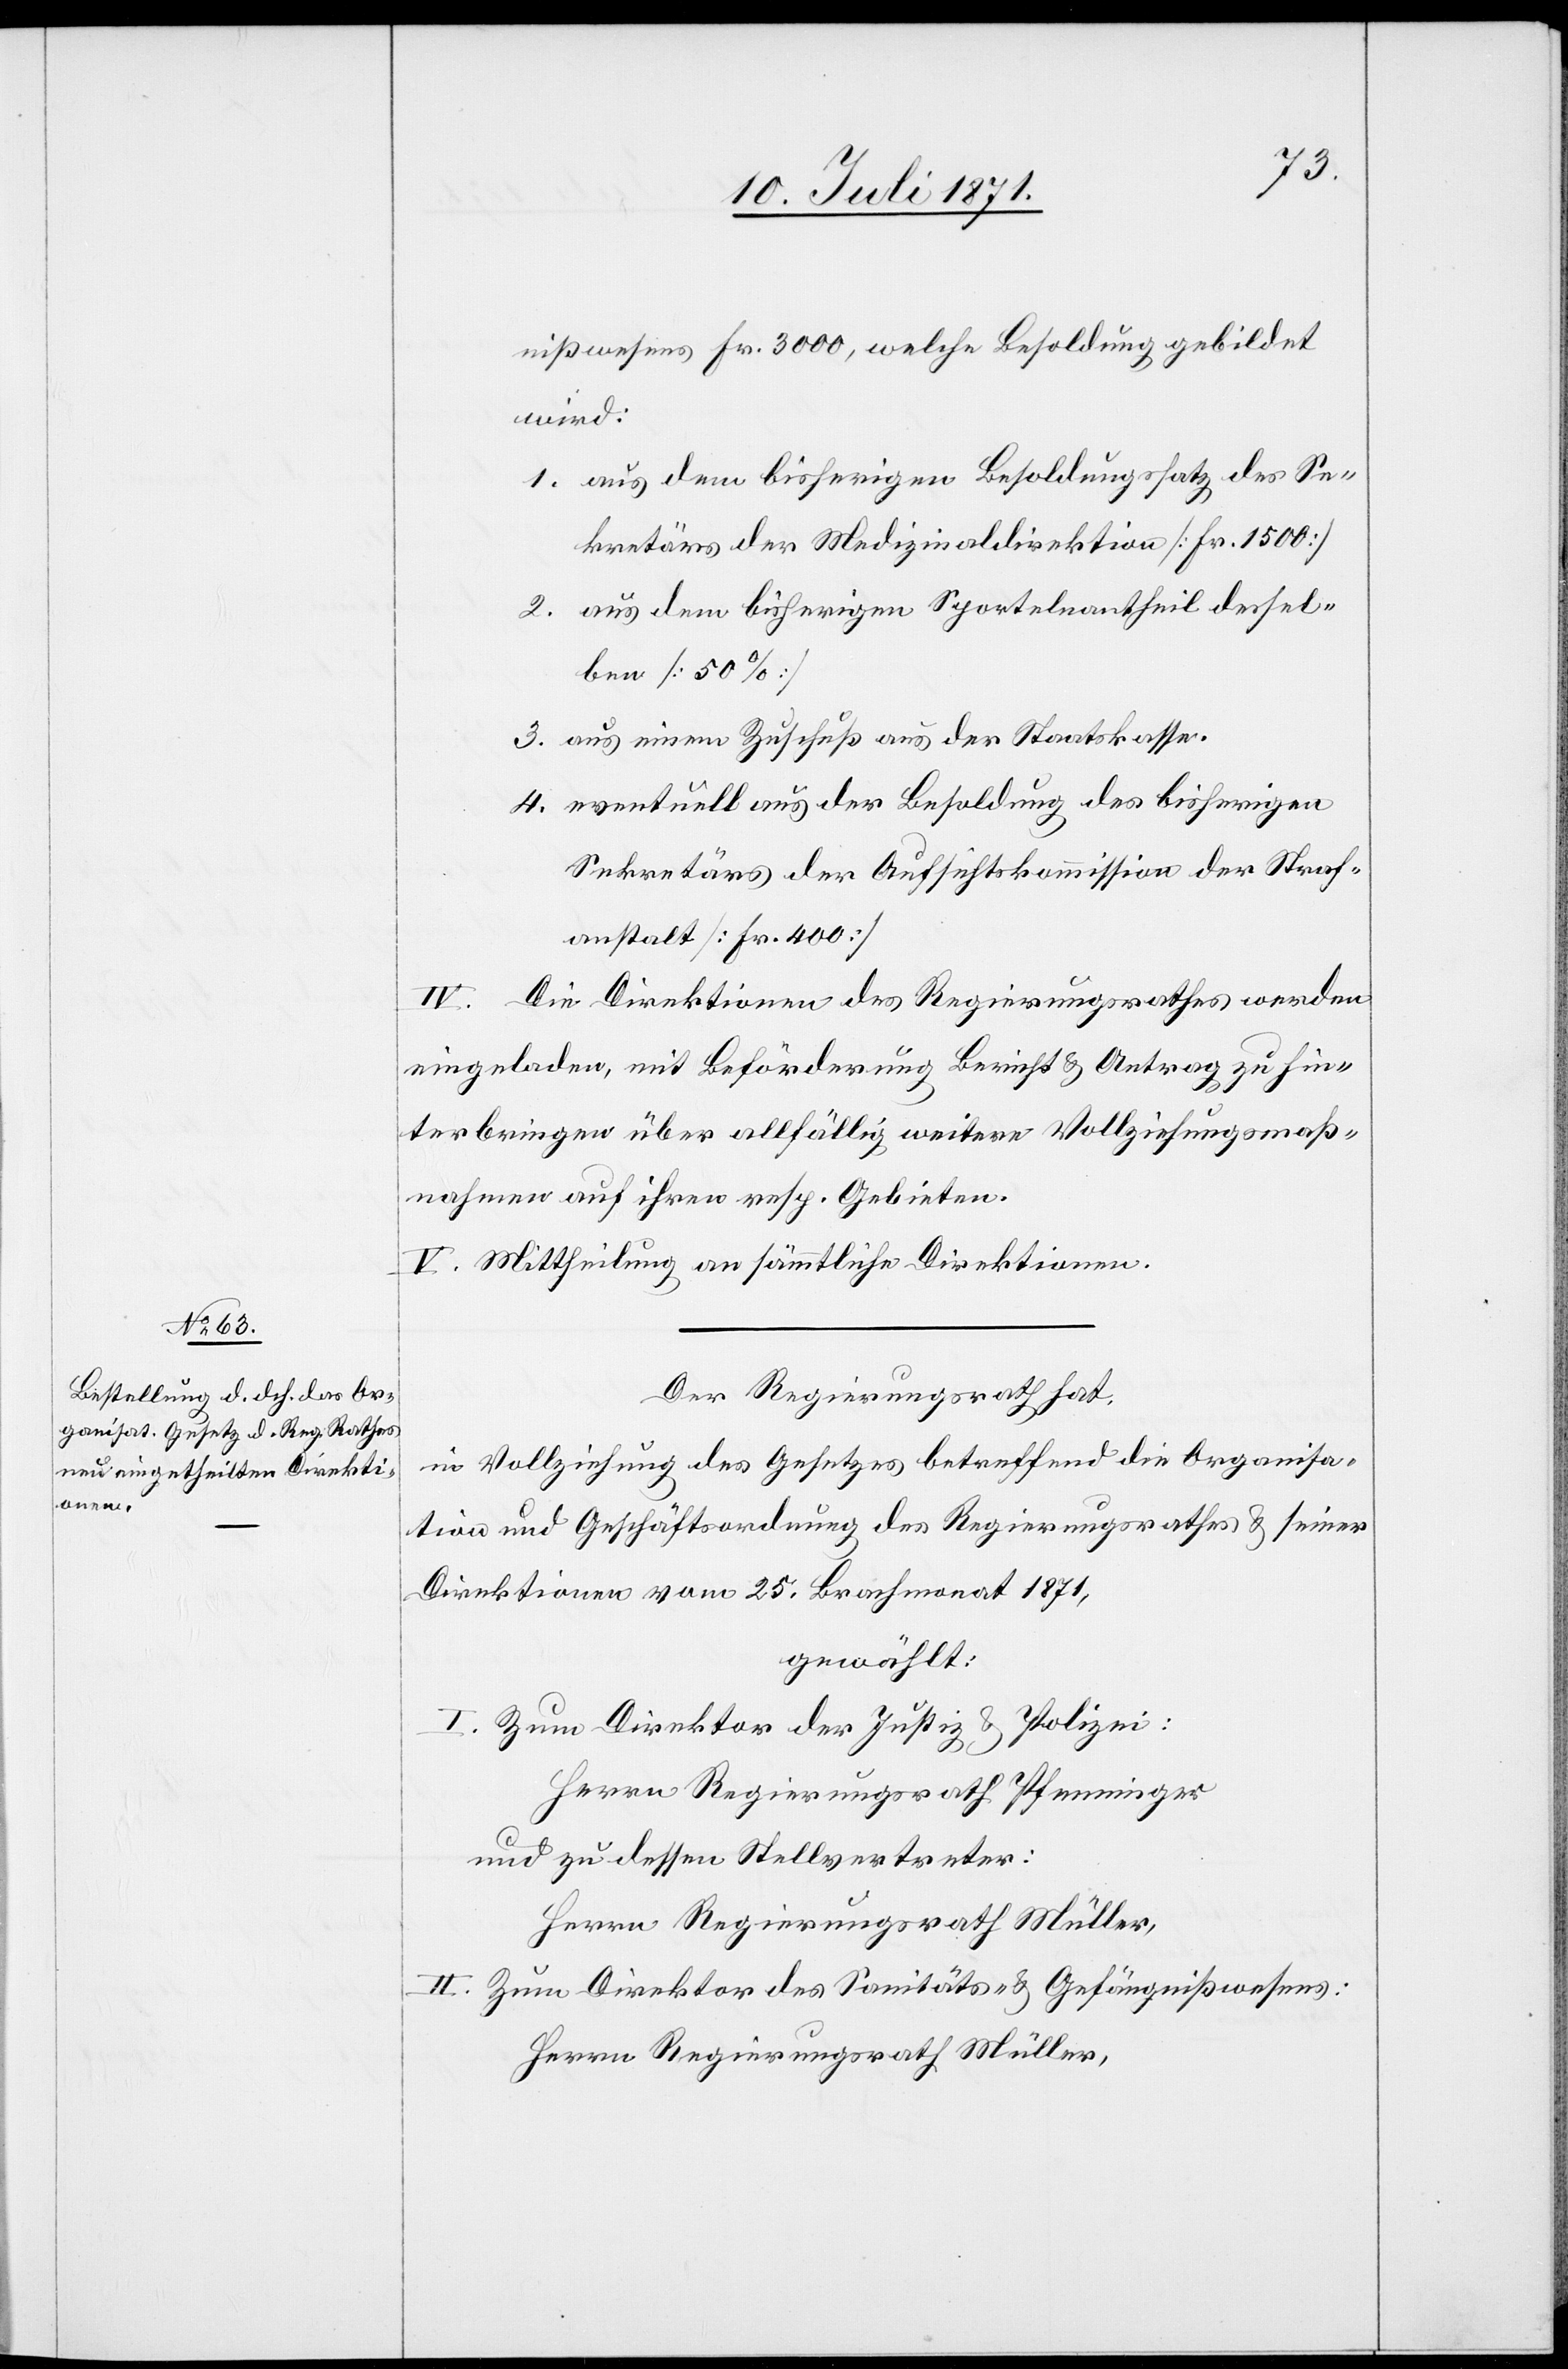
nißwesens Fr. 3000, welche Besoldung gebildet
wird:
aus dem bisherigen Besoldungssatz des Se¬
kretärs der Medizinaldirektion [Fr. 1500]
aus dem bisherigen Sportelnantheil dessel¬
ben [50%]
aus einem Zuschuß aus der Staatskasse.
eventuell aus der Besoldung des bisherigen
Sekretärs der Aufsichtskommission der Straf¬
anstalt [Fr. 400]
IV. Die Direktionen des Regierungsrathes werden
eingeladen, mit Beförderung Bericht u. Antrag zu hin¬
terbringen über allfällig weitere Vollziehungsmaß¬
nahmen auf ihren resp. Gebieten.
V. Mittheilung an sämmtliche Direktionen.
Der Regierungsrath hat,
in Vollziehung des Gesetzes betreffend die Organisa¬
tion und Geschäftsordnung des Regierungsrathes u. seiner
Direktionen vom 25. Brachmonat 1871,
gewählt:
I. Zum Direktor der Justiz u. Polizei:
Herrn Regierungsrath Pfenninger
und zu dessen Stellvertreter:
Herrn Regierungsrath Müller,
II. Zum Direktor des Sanitäts- u. Gefängnißwesens:
Herrn Regierungsrath Müller,